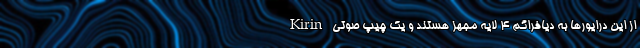
از این درایورها به دیافراگم ۴ لایه مجهز هستند و یک چیپ صوتی Kirin